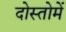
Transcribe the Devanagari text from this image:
दोस्तोमें